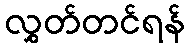
လွှတ်တင်ရန်